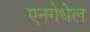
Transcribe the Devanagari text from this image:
एनगेधेल